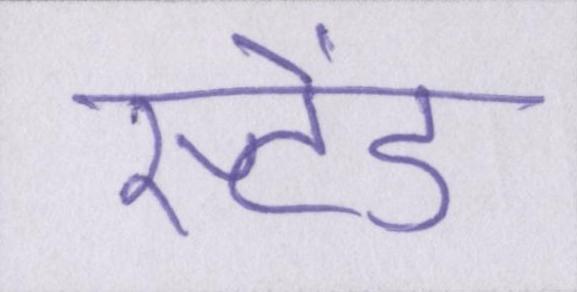
स्टेंड